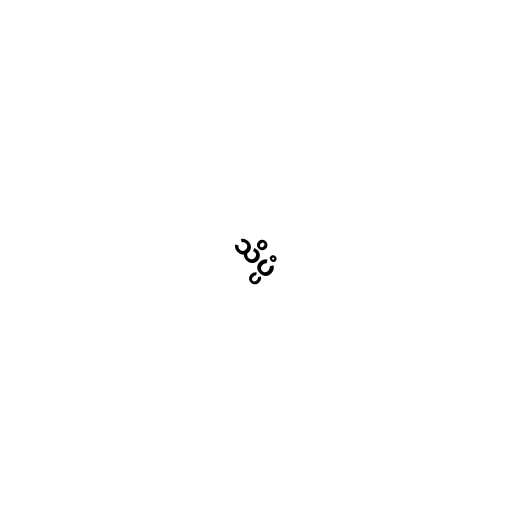
သိပ္ပံ